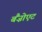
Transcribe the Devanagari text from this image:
बैंज़ोएट